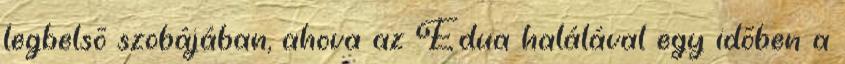
legbelsõ szobájában, ahova az Edua halálával egy idõben a